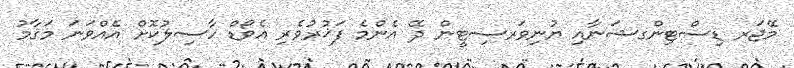
މޭޖަރ ޑިސްޓިންގޝަނާއި ޔުނިވަރސިޓީން ދޭ އެންމެ ފަޚުރުވެރި އެވޯޑް ހާސިލުކޮށް އެއްވަނަ މަޤާމު